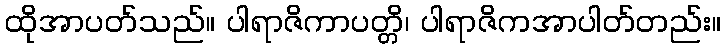
ထိုအာပတ်သည်။ ပါရာဇိကာပတ္တိ၊ ပါရာဇိကအာပါတ်တည်း။